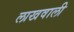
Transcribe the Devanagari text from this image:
लाखवाली